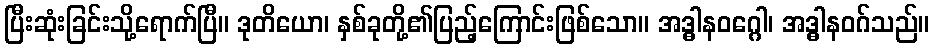
ပြီးဆုံးခြင်းသို့ရောက်ပြီ။ ဒုတိယော၊ နှစ်ခုတို့၏ပြည့်ကြောင်းဖြစ်သော။ အဒ္ဓါနဝဂ္ဂေါ၊ အဒ္ဓါနဝဂ်သည်။